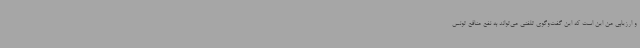
و ارزیابی من این است که این گفت‌وگوی تلفنی می‌تواند به نفع منافع تونس